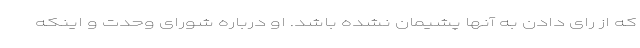
که از رای دادن به آنها پشیمان نشده باشد. او درباره شورای وحدت و اینکه